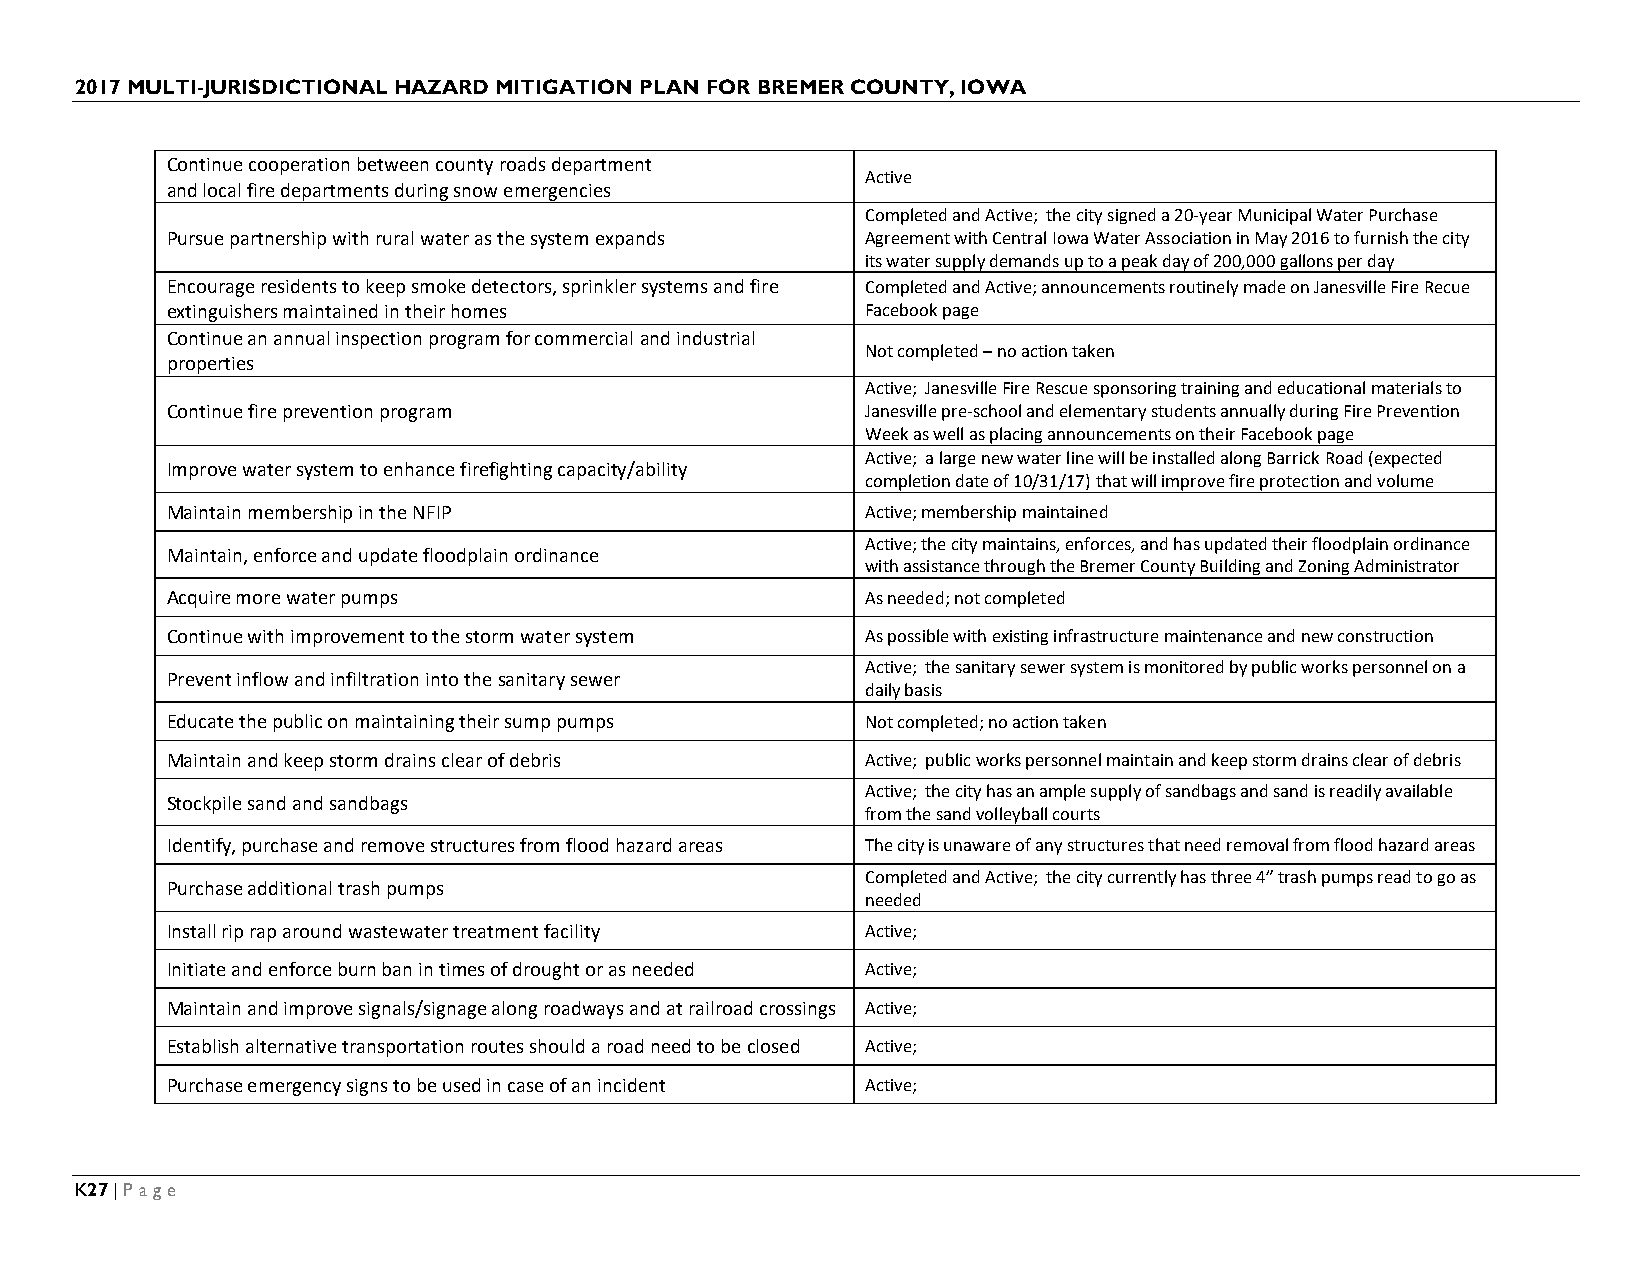
2017 MULTI-JURISDICTIONAL HAZARD MITIGATION PLAN FOR BREMER COUNTY, IOWA
 Continue cooperation between county roads department
 Active
 and local fire departments during snow emergencies
 Completed and Active; the city signed a 20-year Municipal Water Purchase
 Pursue partnership with rural water as the system expands Agreement with Central Iowa Water Association in May 2016 to furnish the city
 its water supply demands up to a peak day of 200,000 gallons per day
 Encourage residents to keep smoke detectors, sprinkler systems and fire Completed and Active; announcements routinely made on Janesville Fire Recue
 extinguishers maintained in their homes       Facebook page
 Continue an annual inspection program for commercial and industrial
 Not completed – no action taken
 properties
 Active; Janesville Fire Rescue sponsoring training and educational materials to
 Continue fire prevention program              Janesville pre-school and elementary students annually during Fire Prevention
 Week as well as placing announcements on their Facebook page
 Active; a large new water line will be installed along Barrick Road (expected
 Improve water system to enhance firefighting capacity/ability
 completion date of 10/31/17) that will improve fire protection and volume
 Maintain membership in the NFIP               Active; membership maintained
 Active; the city maintains, enforces, and has updated their floodplain ordinance
 Maintain, enforce and update floodplain ordinance
 with assistance through the Bremer County Building and Zoning Administrator
 Acquire more water pumps                      As needed; not completed
 Continue with improvement to the storm water system As possible with existing infrastructure maintenance and new construction
 Active; the sanitary sewer system is monitored by public works personnel on a
 Prevent inflow and infiltration into the sanitary sewer
 daily basis
 Educate the public on maintaining their sump pumps Not completed; no action taken
 Maintain and keep storm drains clear of debris Active; public works personnel maintain and keep storm drains clear of debris
 Active; the city has an ample supply of sandbags and sand is readily available
 Stockpile sand and sandbags
 from the sand volleyball courts
 Identify, purchase and remove structures from flood hazard areas The city is unaware of any structures that need removal from flood hazard areas
 Completed and Active; the city currently has three 4” trash pumps read to go as
 Purchase additional trash pumps
 needed
 Install rip rap around wastewater treatment facility Active;
 Initiate and enforce burn ban in times of drought or as needed Active;
 Maintain and improve signals/signage along roadways and at railroad crossings Active;
 Establish alternative transportation routes should a road need to be closed Active;
 Purchase emergency signs to be used in case of an incident Active;
 K27 | Page